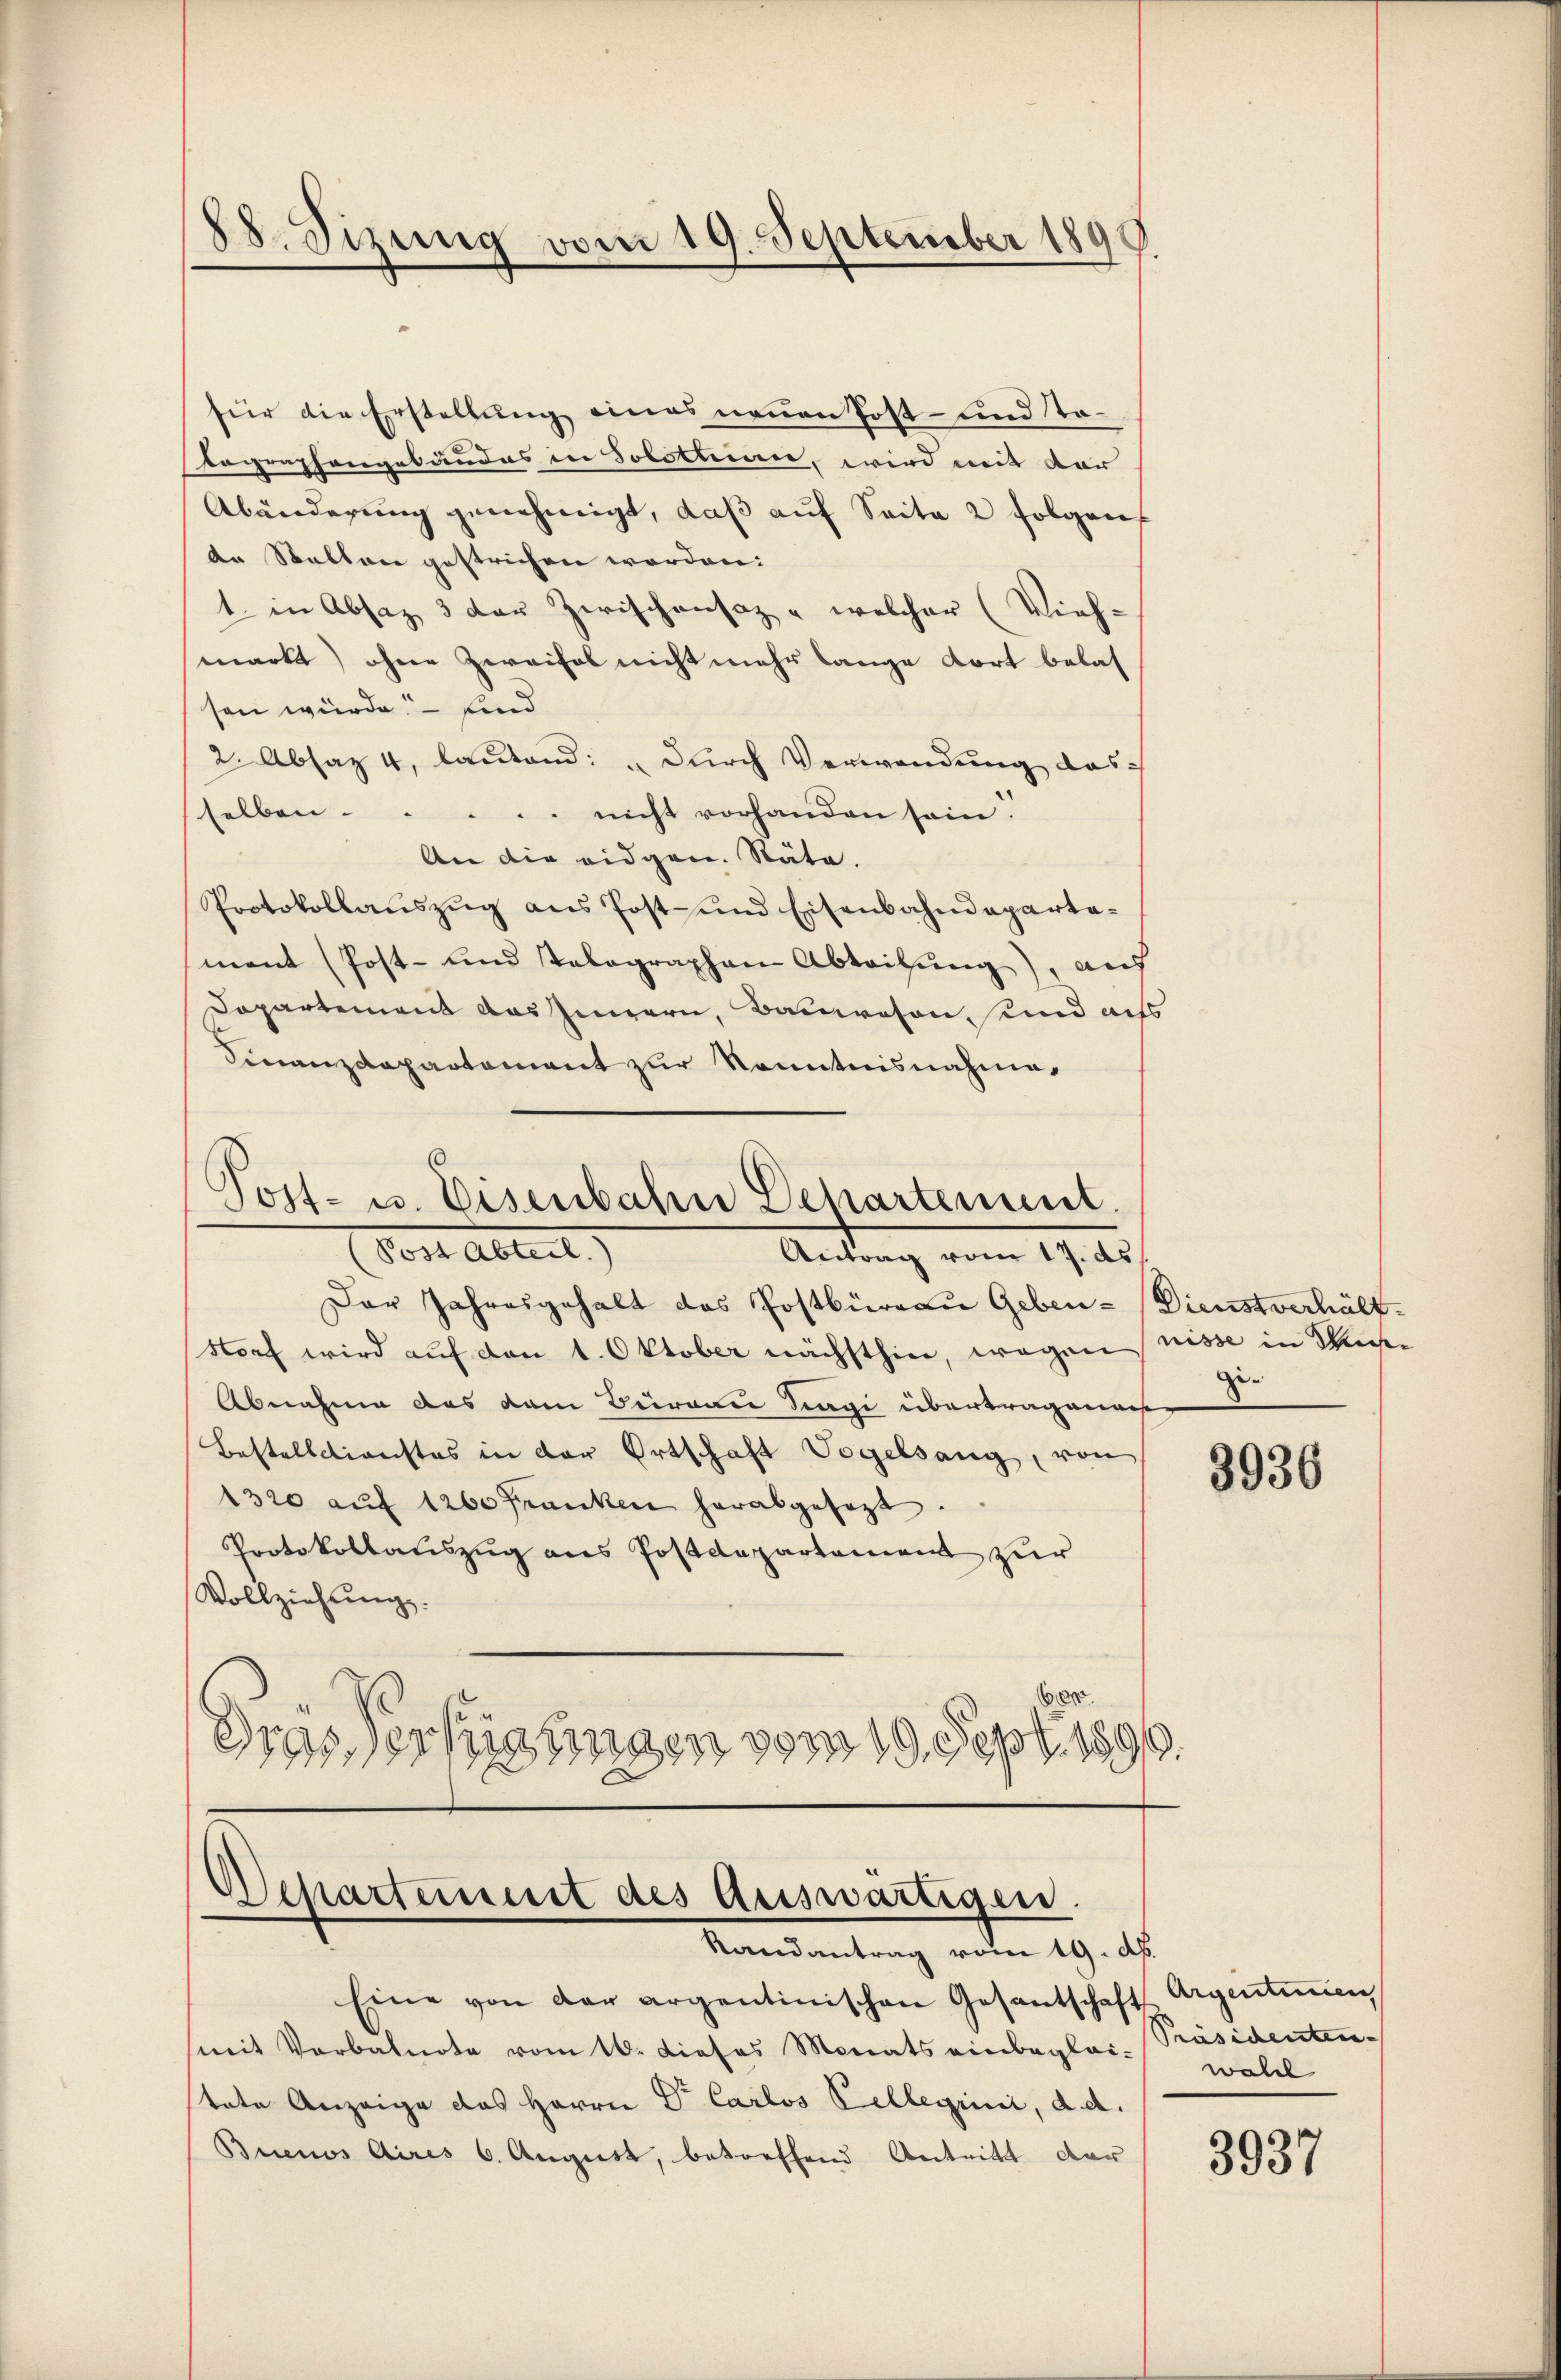
88. Sizung vom 19. September 1890

für die Erstellung eines neuen Post- und Tatographengebäudes in Solothurn, wird mit der
Abänderung genehmigt, daß auf Seite 2 folgen
de Stallen gestrichen worden:
1. in Absaz 3 der Zwischensaz - welcher (Vieh-
markt) ohne Zweifel nicht mehr lange dort belassen würde, – sind
2. Absaz 4, lautend: „durch Verwendung das
 nicht vorhanden sein.
selben.
An die eidgen. Stäte.
Protokollaŭszŭg ans Post- und Eisenbahndeparta-
ment (Post- und talographen Abtritŭng, auf
Dapartement das Innern, Bauwesen, und achs
Finanzdepartement zur Kenntnisnahme.
.

Post- u. Eisenbahn Departement.
(Post Abtest)
Antrag vom 17. ds.

Der Jahresgehalt das Postbüreau Geben-Dienstverhält¬
Storf wird auf den 1. Oktober nächsthin, wegen nisse in Sus
Abnahme des dem Büreau tagi übertragenauer
Bestellationstes in der Ortschaft Vogelsang, von
1320 aŭf 1200 Franken herabgesezt.
Protokollauszug aus Postdepartement zur
Vollziehŭng.
ber.
Grasserfügungen vom 19. Sept. 1890.

Desartement des Auswärtigen.
Randantrag vom 19. dh.

zi

Eine von der argentinischen Gesantschaft Argentimen
(mit Verbalnote vom 16. dieses Monats einbeglei-Präsidenten
tate Anzeige das Herrn Dr Carlos Kellegini, d. d.
Buenos Aires 6. August, betreffend Antritt dar

3936

wall

3937